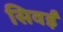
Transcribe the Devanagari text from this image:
सिवईं